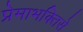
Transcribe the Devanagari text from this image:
प्रेमाभक्तिसे